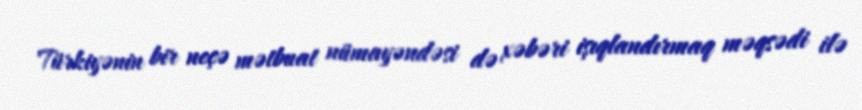
Türkiyənin bir neçə mətbuat nümayəndəsi də xəbəri işıqlandırmaq məqsədi ilə